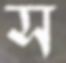
স